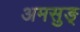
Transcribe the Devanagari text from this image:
अमसुङ्